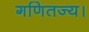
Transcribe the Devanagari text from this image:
गणितज्य।